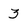
Character: 3